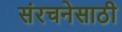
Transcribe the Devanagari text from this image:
संरचनेसाठी